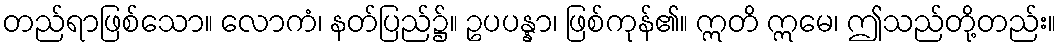
တည်ရာဖြစ်သော။ လောကံ၊ နတ်ပြည်၌။ ဥပပန္နာ၊ ဖြစ်ကုန်၏။ ဣတိ ဣမေ၊ ဤသည်တို့တည်း။